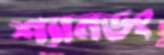
শ্যানডং